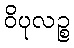
ဝိပုလဉ္စ